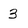
Character: 3